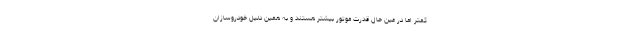
کمتر اما در عین حال قدرت موتور بیشتر هستند و به همین دلیل خودروسازان